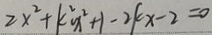
2 x ^ { 2 } + k ^ { 2 } x ^ { 2 } + 1 - 2 k x - 2 = 0